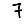
Digit: 7